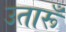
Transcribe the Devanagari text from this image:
उतारूँ